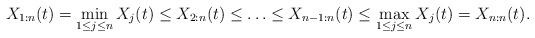
LaTeX: \begin{align*}X_{1:n}(t) = \min_{1\le j\le n} X_j(t)\le X_{2:n}(t)\le\ldots \le X_{n-1:n}(t)\le \max_{1\le j\le n} X_j(t) = X_{n:n}(t).\end{align*}